Vaccination Hyderabad 1872-1889 - 1872-1889
Year: 1872
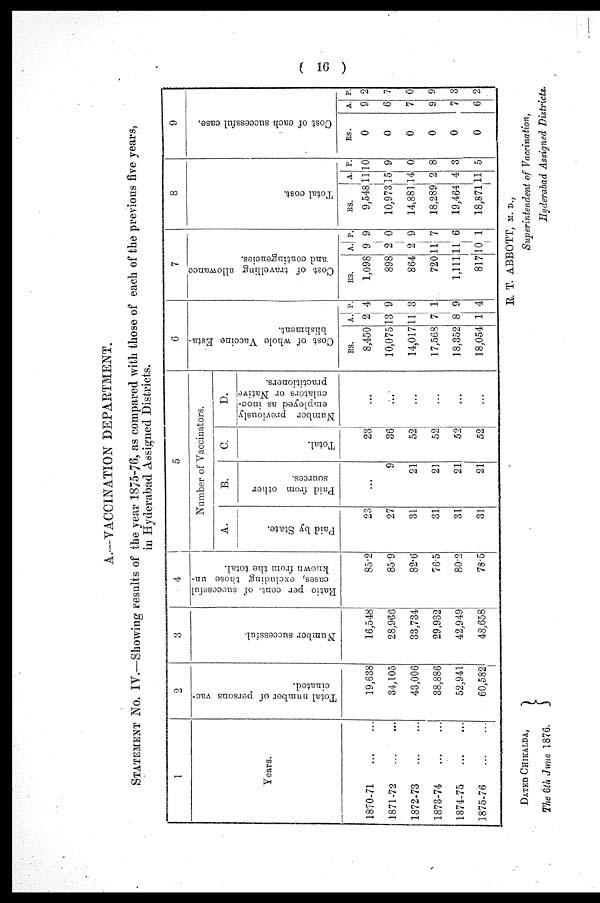
( 16 )
A.—VACCINATION DEPARTMENT.
STATEMENT No. IV.—Showing results of the year 1875-76, as compared with those of each of the previous five years,
in Hyderabad Assigned Districts.
1
Years.
1870-71
...
...
1871-72
... ...
1872-73
...
...
1873-74
...
...
1874-75
...
...
1875-76
...
...
2
Total number of persons vac-
cinated.
19,688
84,105
43,006
88,886
52,941
60,582
3
Number successful.
16,548
28,966
83,734
29,932
42,949
48,658
4
Ratio per cent. of successful
cases, excluding those un-
known from the total.
85.2
85.9
82.6
76.5
80.2
78.5
5
Number of Vaccinators.
A.
Paid by State.
23
27
31
31
31
31
B.
Paid from other
sources.
...
9
21
21
21
21
C.
Total.
23
36
52
52
52
52
D.
Number previously
employed as inoc¬
culators or Native
practitioners.
...
...
...
...
...
...
6
Cost of whole Vaccine Esta-
blishment.
RS.
8,450
10,075
14,017
17,568
18,352
18,054
A.
2
13
11
7
8
1
P.
4
9
3
1
9
4
7
Cost of travelling allowance
and contingencies.
RS.
1,098
898
864
720
1,111
817
A.
9
2
2
11
11
10
P.
9
0
9
7
6
1
8
Total cost.
RS.
9,548
10,973
14,881
18,289
19,464
18,871
A.
11
15
14
2
4
11
P.
10
9
0
8
3
5
9
Cost of each successful case.
RS.
0
0
0
0
0
0
A.
9
6
7
9
7
6
P.
2
7
0
9
3
2
DATED CHIKALDA,
The 6th June 1876.
R. T. ABBOTT, M. D.,
Superintendent of Vaccination,
Hyderabad Assigned Districts.